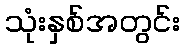
သုံးနှစ်အတွင်း